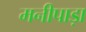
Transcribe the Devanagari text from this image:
मनीपाड़ा